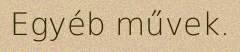
Egyéb művek.